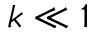
k \ll 1